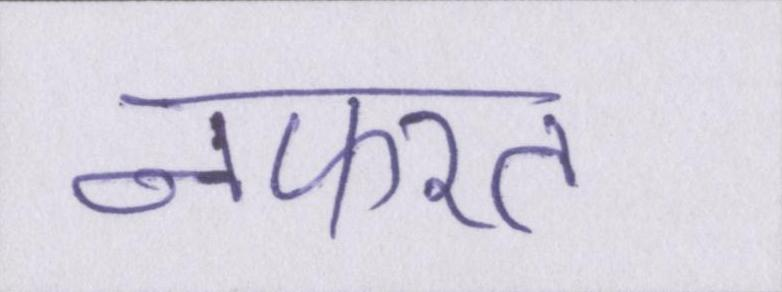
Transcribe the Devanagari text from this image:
नफरत